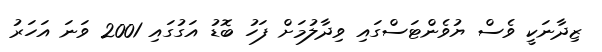
ޒިދާނަކީ ވެސް ޔުވެންޓަސްގައި ވިދާލުމަށް ފަހު ބޮޑު އަގުގައި 2001 ވަނަ އަހަރު